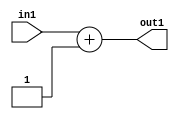
`timescale 1ps / 1ps
/*****************************************************************************
    Verilog RTL Description
    
    
    Created by: Stratus DpOpt 21.05.01 
*******************************************************************************/

module SobelFilter_Add_6U_4_4 (
	in1,
	out1
	); /* architecture "behavioural" */ 
input [5:0] in1;
output [5:0] out1;
wire [5:0] asc001;

assign asc001 = 
	+(in1)
	+(6'B000001);

assign out1 = asc001;
endmodule

/* CADENCE  urj2TA0= : u9/ySxbfrwZIxEzHVQQV8Q== ** DO NOT EDIT THIS LINE ******/